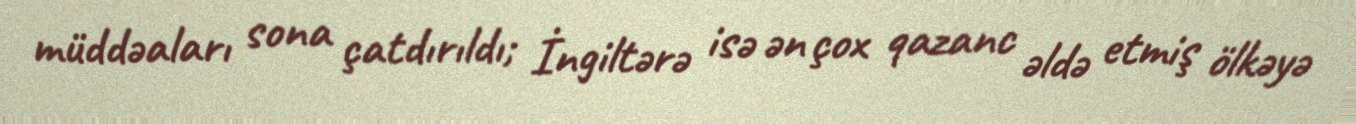
müddəaları sona çatdırıldı; İngiltərə isə ən çox qazanc əldə etmiş ölkəyə